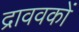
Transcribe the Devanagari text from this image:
द्राववकों